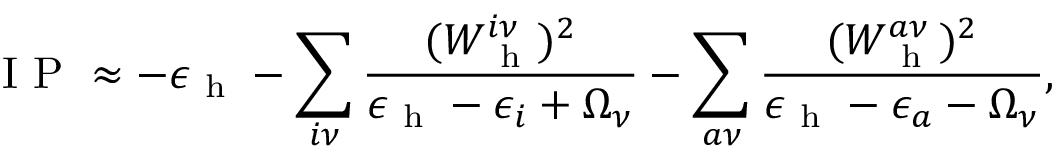
\mathrm { ~ I ~ P ~ } \approx - \epsilon _ { \mathrm { ~ h ~ } } - \sum _ { i \nu } \frac { ( W _ { \mathrm { ~ h ~ } } ^ { i \nu } ) ^ { 2 } } { \epsilon _ { \mathrm { ~ h ~ } } - \epsilon _ { i } + \Omega _ { \nu } } - \sum _ { a \nu } \frac { ( W _ { \mathrm { ~ h ~ } } ^ { a \nu } ) ^ { 2 } } { \epsilon _ { \mathrm { ~ h ~ } } - \epsilon _ { a } - \Omega _ { \nu } } ,